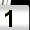
Digit: 1